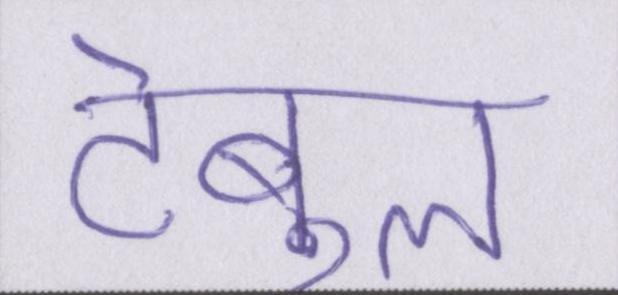
टेबुल